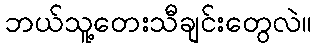
ဘယ်သူ့တေးသီချင်းတွေလဲ။